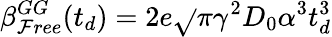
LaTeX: \beta_{\mathcal{F}ree}^{GG}(t_{d})=2e\sqrt{}{{\pi}}\gamma^{2}D_{0}\alpha^{3}t_{d}^{3}